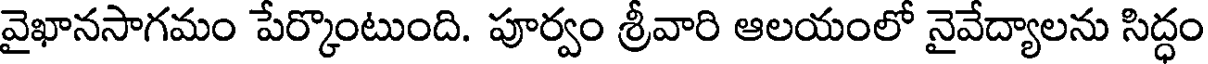
వైఖానసాగమం పేర్కొంటుంది. పూర్వం శ్రీవారి ఆలయంలో నైవేద్యాలను సిద్ధం